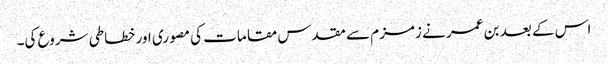
اس کے بعد بن عمر نے زمزم سے مقدس مقامات کی مصوری اور خطاطی شروع کی۔